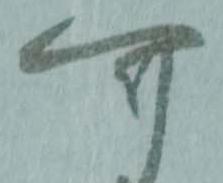
可